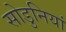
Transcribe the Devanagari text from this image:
सोडुनियां